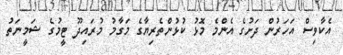
އެކާވިސް އަހަރުން ދަށުގެ އެންމެ މޮޅު ކުޅުންތެރިޔާގެ މަގާމު މުރައިދޫ ޓީމުގެ ޝަމީނަތު